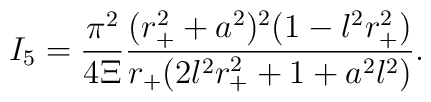
I_{5} =  \frac{\pi^2}{4 \Xi} \frac{(r_{+}^2 + a^2)^2 (1-l^2 r_{+}^2)}{r_{+} (2l^2 r_{+}^2  + 1 + a^2 l^2)}.